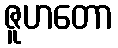
ဇူဟတော